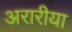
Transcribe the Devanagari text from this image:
अरारीया